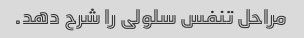
مراحل تنفس سلولی را شرح دهد.